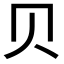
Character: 贝